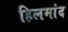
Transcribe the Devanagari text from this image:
हिलमांद